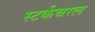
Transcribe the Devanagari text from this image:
स्टर्कचरल